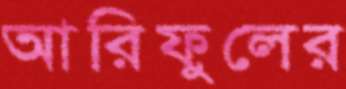
আরিফুলের